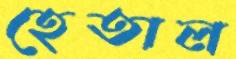
হেতাল